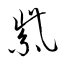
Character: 紫